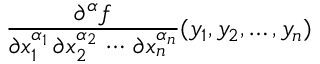
{ \frac { \partial ^ { \alpha } f } { \partial x _ { 1 } ^ { \alpha _ { 1 } } \, \partial x _ { 2 } ^ { \alpha _ { 2 } } \, \cdots \, \partial x _ { n } ^ { \alpha _ { n } } } } ( y _ { 1 } , y _ { 2 } , \ldots , y _ { n } )